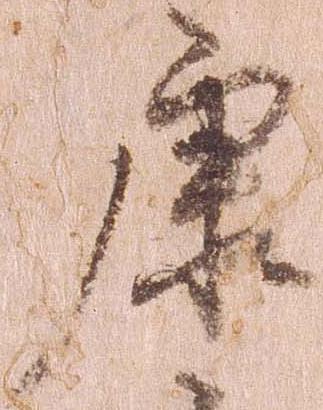
康